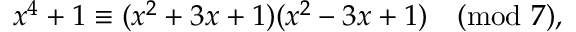
x ^ { 4 } + 1 \equiv ( x ^ { 2 } + 3 x + 1 ) ( x ^ { 2 } - 3 x + 1 ) { \pmod { 7 } } , \qquad